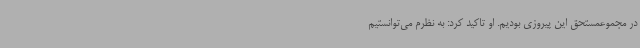
در مجموعمستحق این پیروزی بودیم. او تاکید کرد: به نظرم می‌توانستیم